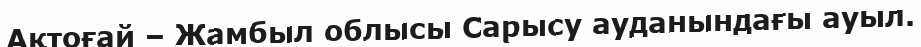
Ақтоғай – Жамбыл облысы Сарысу ауданындағы ауыл.